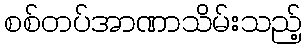
စစ်တပ်အာဏာသိမ်းသည့်